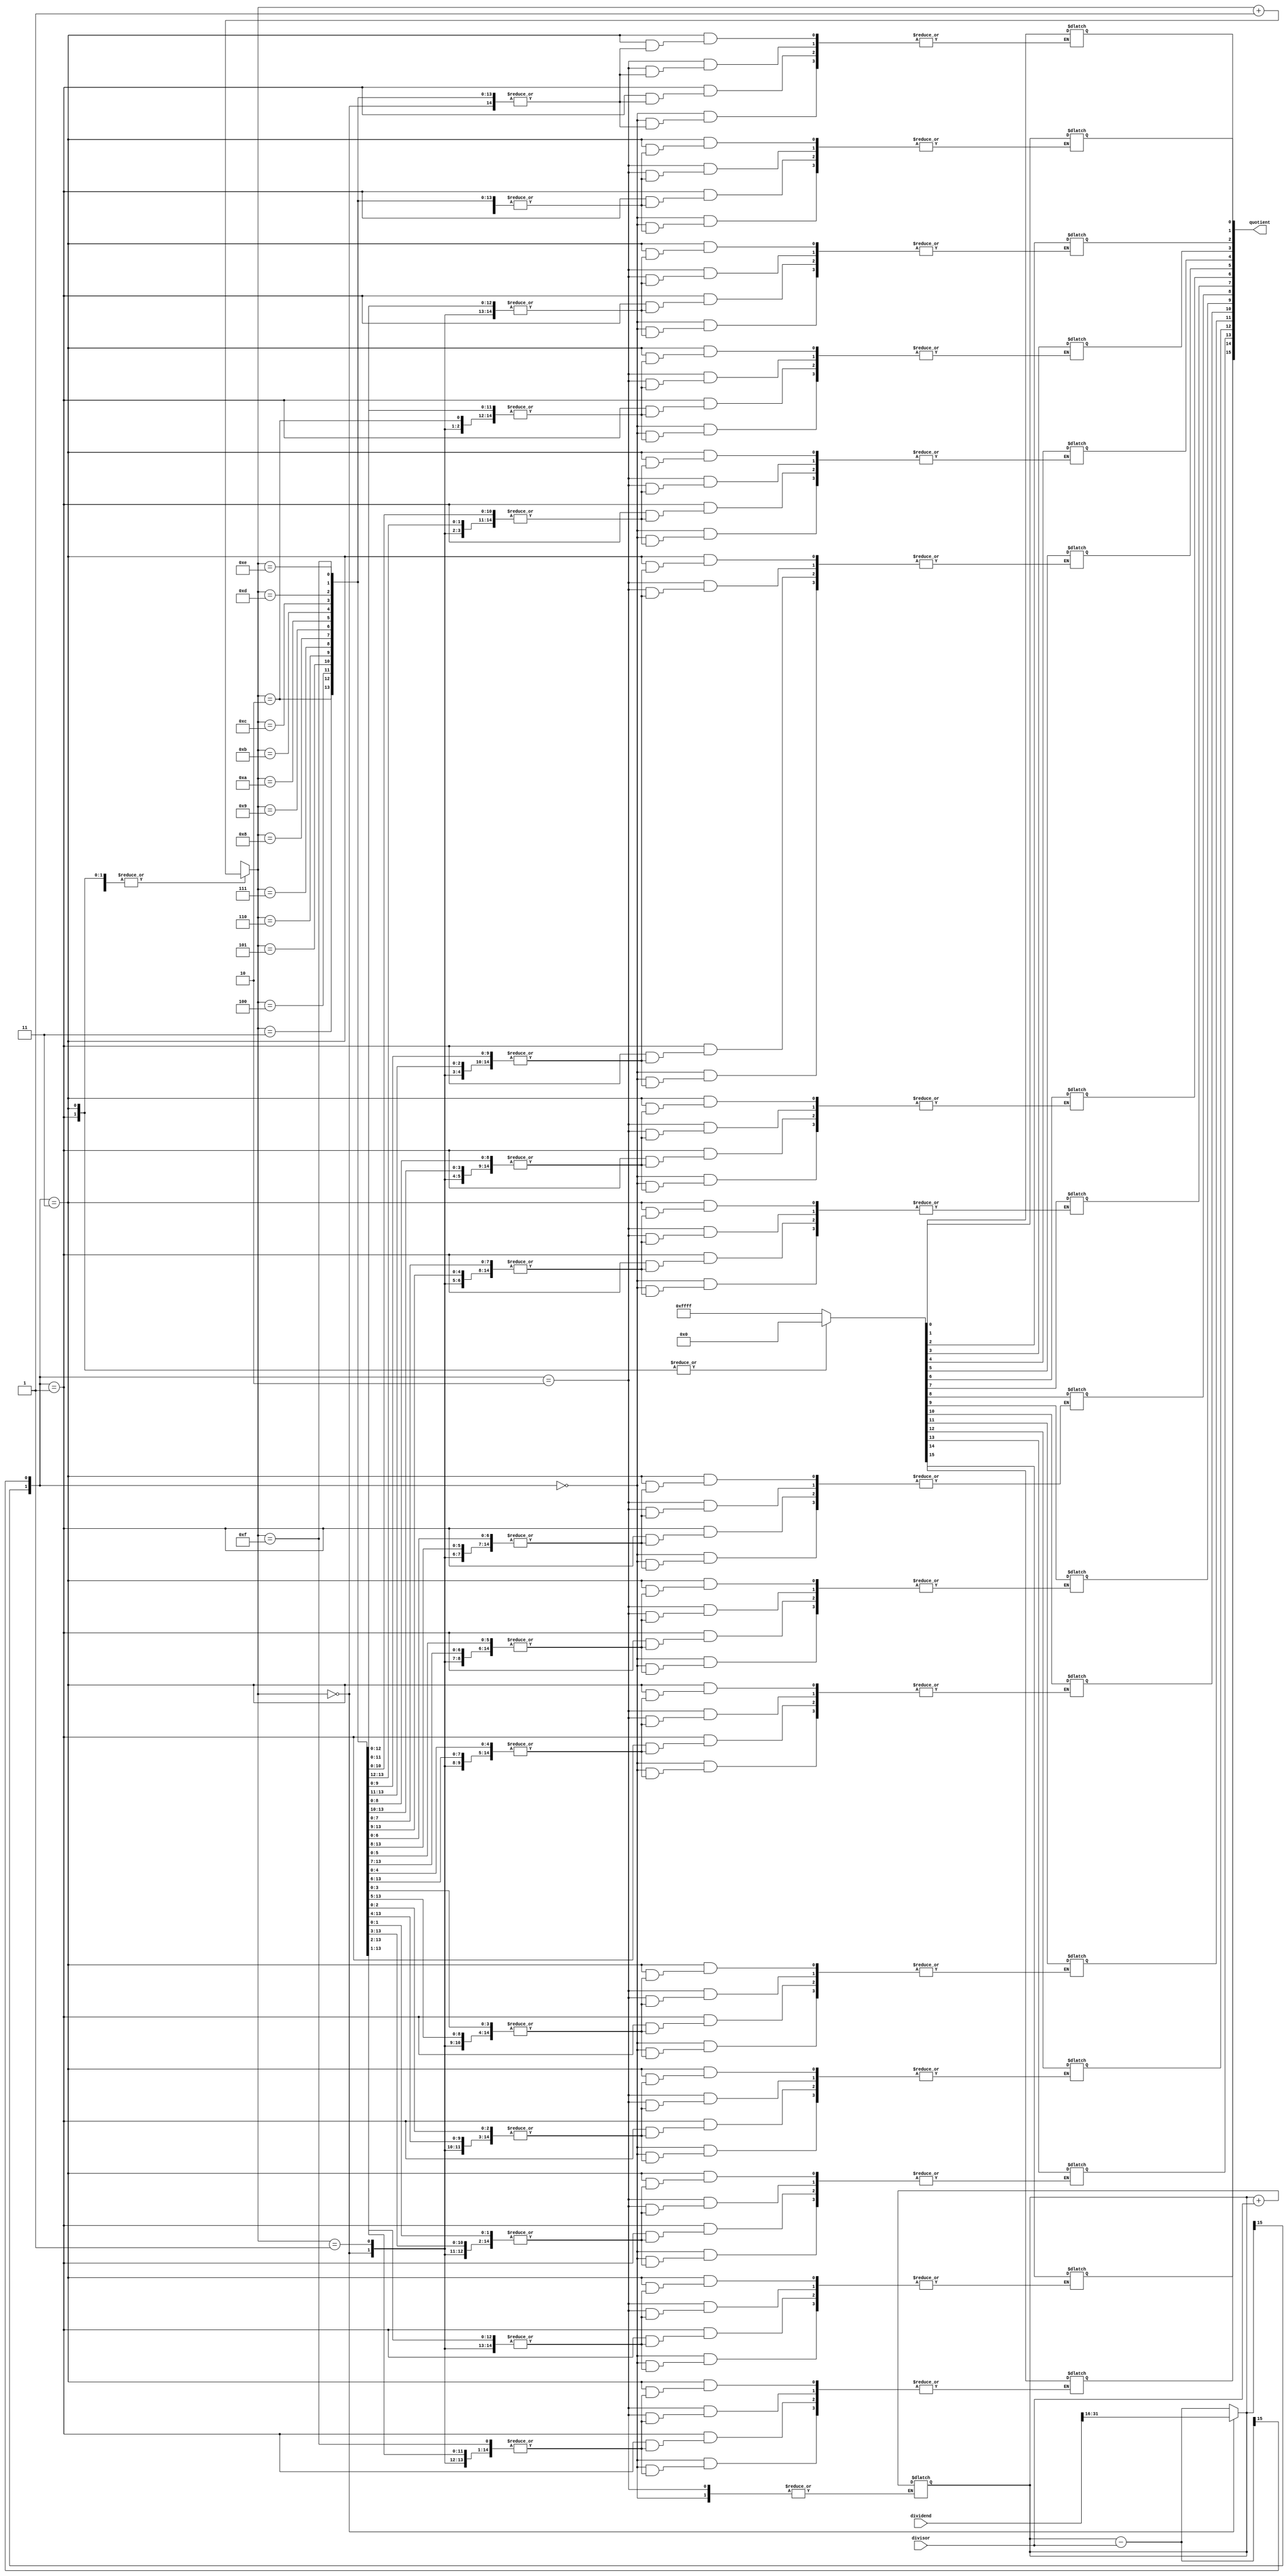
module non_restoring_divider(
    input wire [31:0] dividend,
    input wire [15:0] divisor,
    output reg [15:0] quotient
);

reg [15:0] partial_remainder;
reg [3:0] iteration;
wire [16:0] subtractor_output;

always @(*) begin
    case(iteration)
        0: partial_remainder = dividend[31:16];
        1: partial_remainder = subtractor_output;
        // Remaining cases for other iterations
        default: partial_remainder = subtractor_output;
    endcase
end

assign subtractor_output = partial_remainder - divisor;

always @(*) begin
    case({partial_remainder[15], subtractor_output[15]}) 
        2'b00: begin // Positive result
            quotient[iteration] = 1'b1;
            iteration = iteration + 1;
        end
        2'b01: begin // Negative result
            partial_remainder = partial_remainder + divisor;
            quotient[iteration] = 1'b0;
            iteration = iteration + 1;
        end
        2'b10: begin // Positive result
            quotient[iteration] = 1'b1;
            iteration = iteration + 1;
        end
        2'b11: begin // Negative result
            partial_remainder = partial_remainder + divisor;
            quotient[iteration] = 1'b0;
            iteration = iteration + 1;
        end
        default: begin
            // Error condition
        end
    endcase
end
endmodule